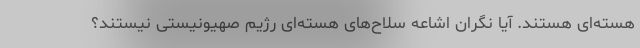
هسته‌ای هستند. آیا نگران اشاعه سلاح‌های هسته‌ای رژیم صهیونیستی نیستند؟